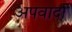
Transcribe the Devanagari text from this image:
अपवादा